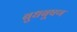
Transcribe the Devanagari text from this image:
बुधबूषण